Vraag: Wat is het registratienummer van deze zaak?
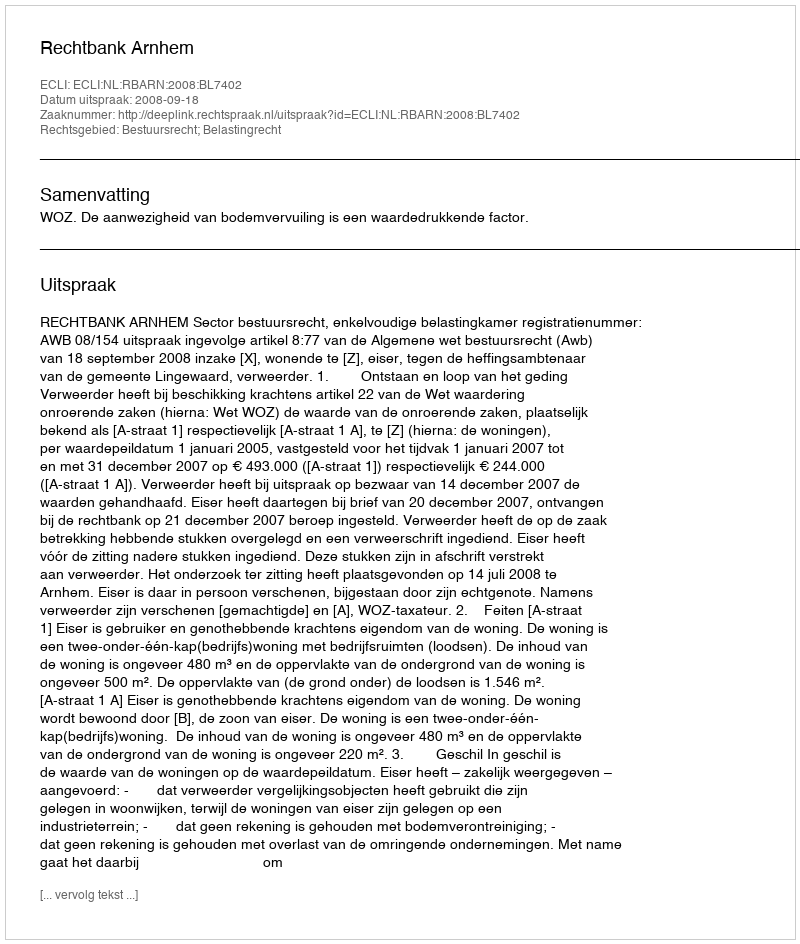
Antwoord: http://deeplink.rechtspraak.nl/uitspraak?id=ECLI:NL:RBARN:2008:BL7402